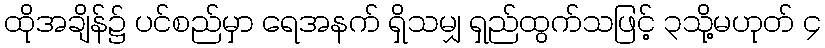
ထိုအချိန်၌ ပင်စည်မှာ ရေအနက် ရှိသမျှ ရှည်ထွက်သဖြင့် ၃သို့မဟုတ် ၄